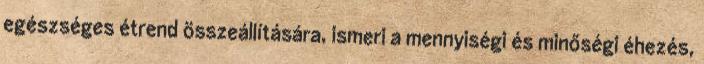
egészséges étrend összeállítására, ismeri a mennyiségi és minőségi éhezés,